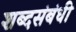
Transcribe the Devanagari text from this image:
शब्दसंबंधी